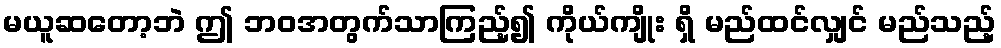
မယူဆတော့ဘဲ ဤ ဘဝအတွက်သာကြည့်၍ ကိုယ်ကျိုး ရှိ မည်ထင်လျှင် မည်သည့်